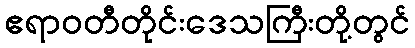
ဧရာဝတီတိုင်းဒေသကြီးတို့တွင်